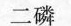
二磷